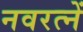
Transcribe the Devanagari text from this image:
नवरत्नें